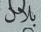
بلان